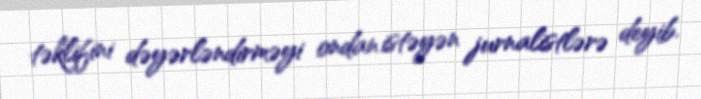
təklifini dəyərləndirməyi ondan istəyən jurnalistlərə deyib.